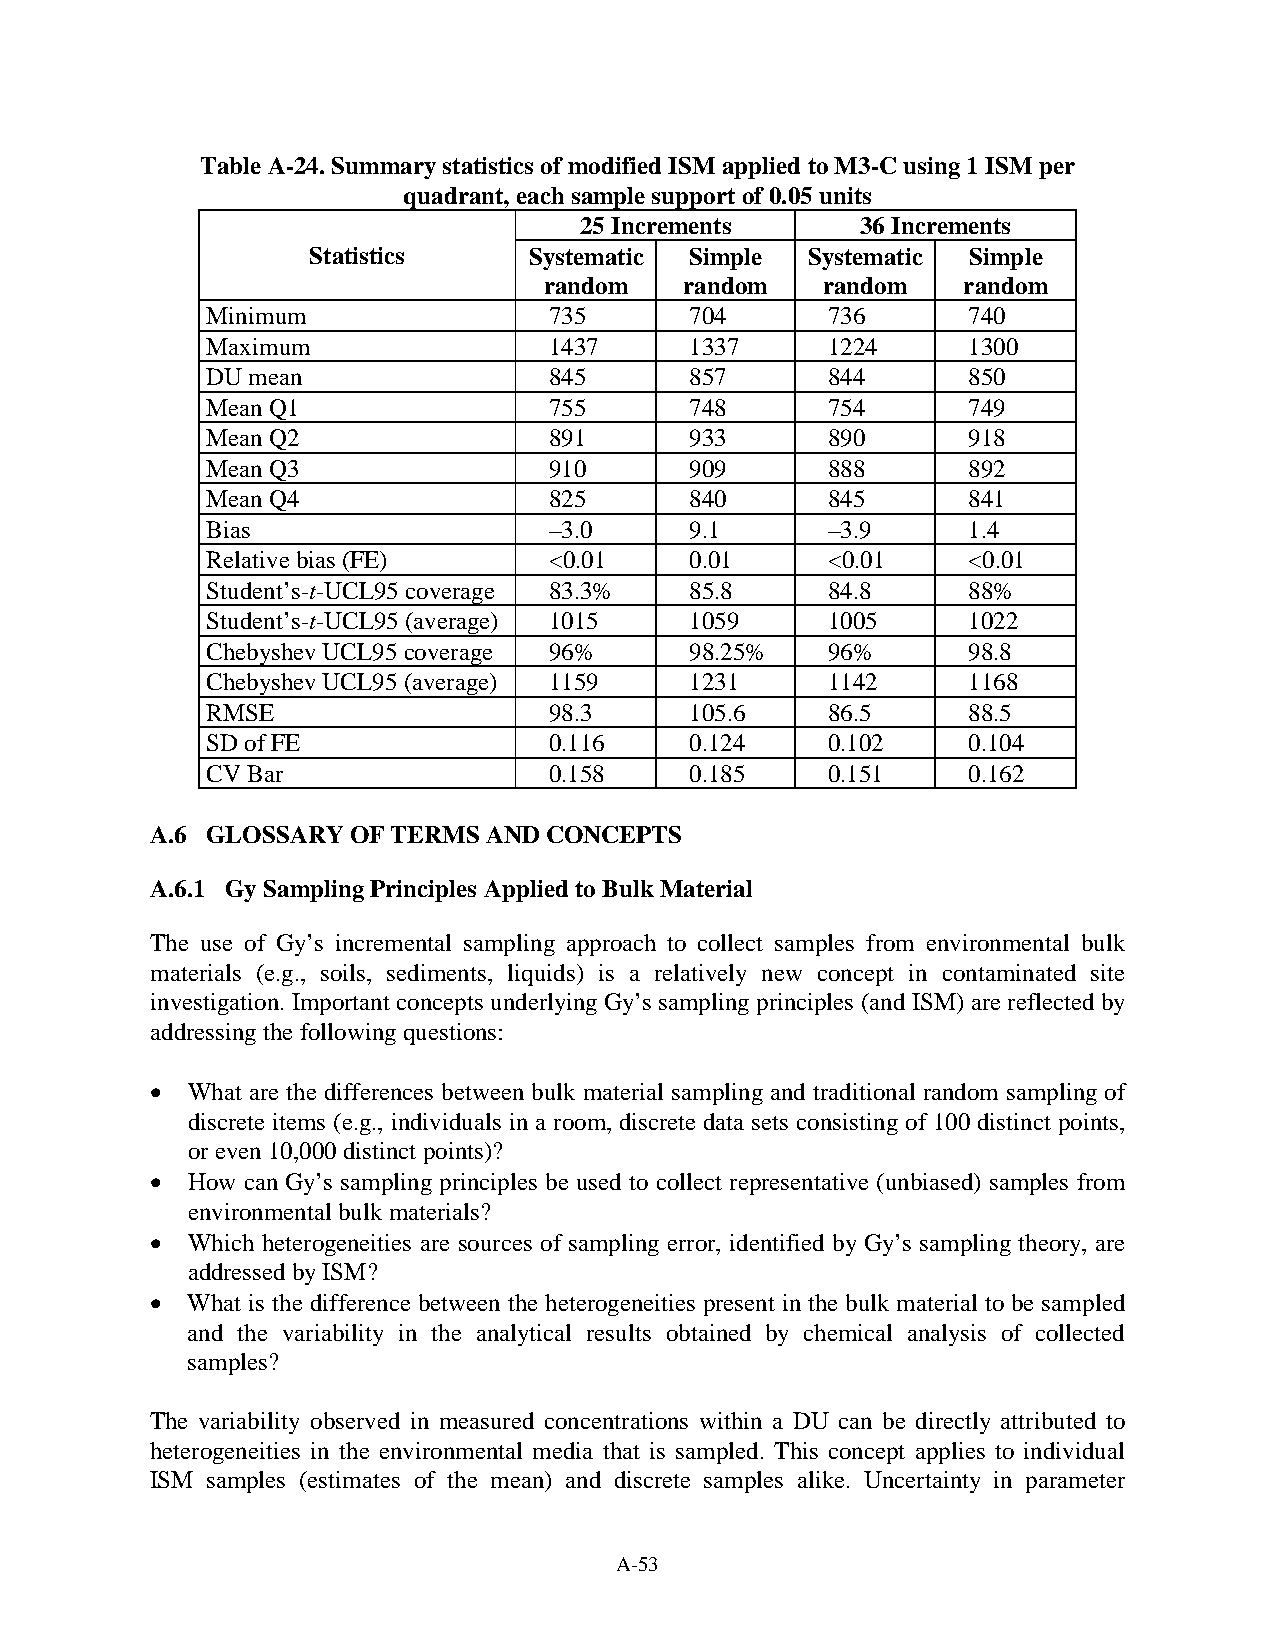
Table A-24. Summary statistics of modified ISM applied to M3-C using 1 ISM per
 quadrant, each sample support of 0.05 units
 25 Increments      36 Increments
 Statistics     Systematic Simple Systematic Simple
 random   random   random    random
 Minimum               735       704      736      740
 Maximum               1437      1337     1224     1300
 DU mean               845       857      844      850
 Mean Q1               755       748      754      749
 Mean Q2               891       933      890      918
 Mean Q3               910       909      888      892
 Mean Q4               825       840      845      841
 Bias                  –3.0      9.1      –3.9     1.4
 Relative bias (FE)    <0.01     0.01     <0.01    <0.01
 Student’s-t-UCL95 coverage 83.3% 85.8    84.8     88%
 Student’s-t-UCL95 (average) 1015 1059    1005     1022
 Chebyshev UCL95 coverage 96%    98.25%   96%      98.8
 Chebyshev UCL95 (average) 1159  1231     1142     1168
 RMSE                  98.3      105.6    86.5     88.5
 SD of FE              0.116     0.124    0.102    0.104
 CV Bar                0.158     0.185    0.151    0.162
 A.6 GLOSSARY OF TERMS AND CONCEPTS
 A.6.1 Gy Sampling Principles Applied to Bulk Material
 The use of Gy’s incremental sampling approach to collect samples from environmental bulk
 materials (e.g., soils, sediments, liquids) is a relatively new concept in contaminated site
 investigation. Important concepts underlying Gy’s sampling principles (and ISM) are reflected by
 addressing the following questions:
 • What are the differences between bulk material sampling and traditional random sampling of
 discrete items (e.g., individuals in a room, discrete data sets consisting of 100 distinct points,
 or even 10,000 distinct points)?
 • How can Gy’s sampling principles be used to collect representative (unbiased) samples from
 environmental bulk materials?
 • Which heterogeneities are sources of sampling error, identified by Gy’s sampling theory, are
 addressed by ISM?
 • What is the difference between the heterogeneities present in the bulk material to be sampled
 and the variability in the analytical results obtained by chemical analysis of collected
 samples?
 The variability observed in measured concentrations within a DU can be directly attributed to
 heterogeneities in the environmental media that is sampled. This concept applies to individual
 ISM samples (estimates of the mean) and discrete samples alike. Uncertainty in parameter
 A-53